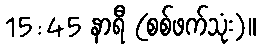
15:45 နာရီ (စစ်ဖက်သုံး)။